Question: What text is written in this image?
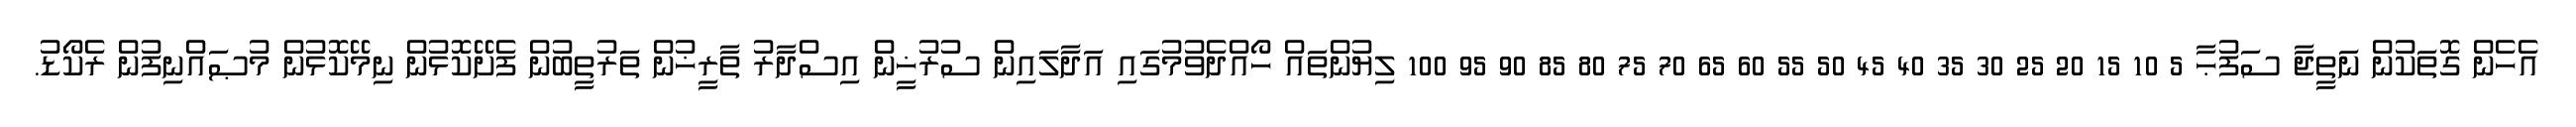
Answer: އެހެން ގޮތަކުން ނަތީޖާ ސަފުޙާ 5 10 15 20 25 30 35 40 45 50 55 60 65 70 75 80 85 90 95 100 ލިޔުންތައް ހޯއްދެވުމުގައި އަދާލައިން ސުރުޚީން އިސްދާރު ތާރީޚުން ތަރުތީބުން ފެށޭކޮޅުން ނިމޭކޮޅުން މުޞައްނިފުން ރެކޯޑު.